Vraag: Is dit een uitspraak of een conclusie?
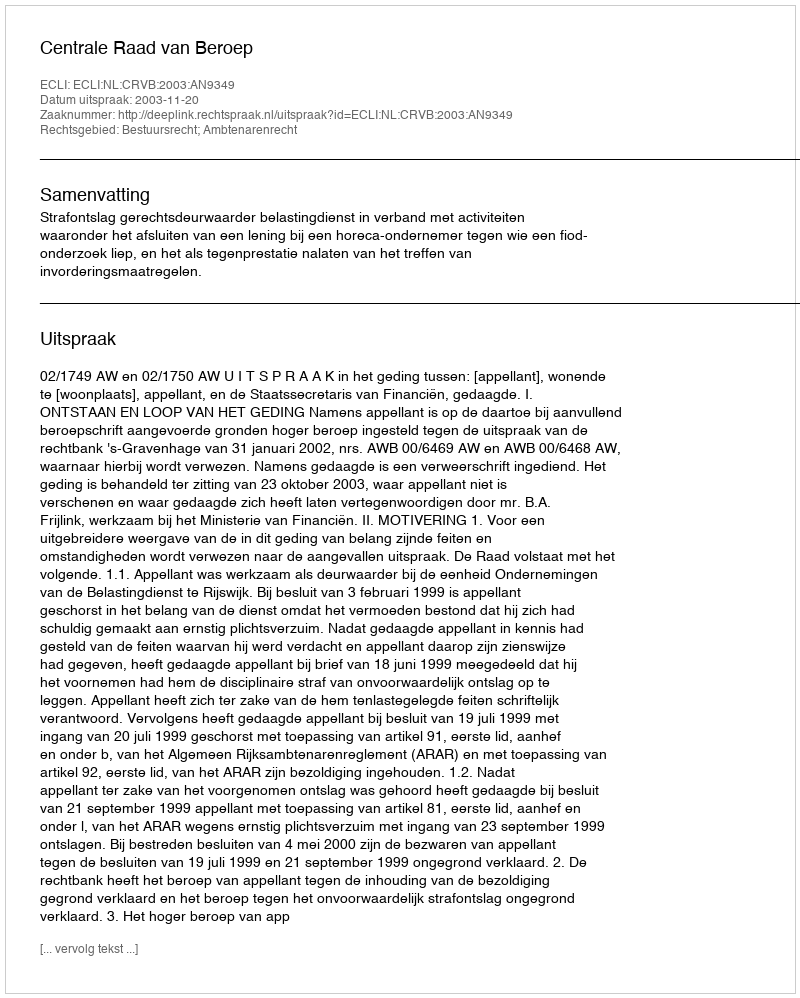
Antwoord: Uitspraak